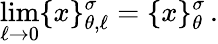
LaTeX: \operatorname*{lim}_{\ell\rightarrow 0}\{ x\} _{\theta,\ell}^{\sigma}=\{ x\} _{\theta}^{\sigma}\, .